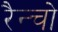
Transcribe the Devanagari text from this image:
रैन्चो